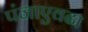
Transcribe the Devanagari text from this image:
पंजाएवढा